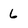
Character: 6